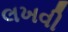
લખવી